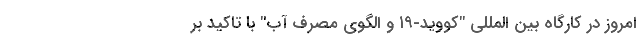
امروز در کارگاه بین المللی "کووید-۱۹ و الگوی مصرف آب" با تاکید بر